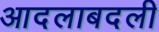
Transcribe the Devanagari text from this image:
आदलाबदली